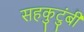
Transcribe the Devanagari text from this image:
सहकुटुंबी